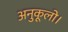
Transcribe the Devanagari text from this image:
अनुकूलो।